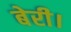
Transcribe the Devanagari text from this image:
बेरी।